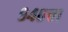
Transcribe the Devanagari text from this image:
९४०चा